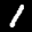
Label: 1